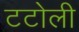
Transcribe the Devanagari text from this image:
टटोली